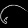
Digit: ၆